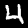
Label: 4